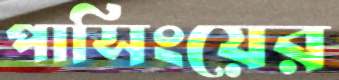
পাসিংয়ের